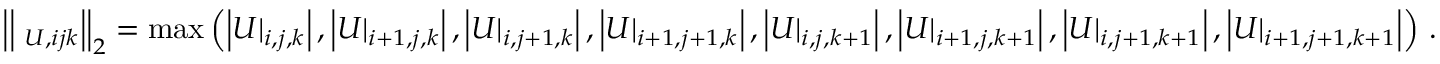
\left| \left| \mathbf \Lambda _ { U , i j k } \right| \right| _ { 2 } = \operatorname* { m a x } \left( \left| U | _ { i , j , k } \right| , \left| U | _ { i + 1 , j , k } \right| , \left| U | _ { i , j + 1 , k } \right| , \left| U | _ { i + 1 , j + 1 , k } \right| , \left| U | _ { i , j , k + 1 } \right| , \left| U | _ { i + 1 , j , k + 1 } \right| , \left| U | _ { i , j + 1 , k + 1 } \right| , \left| U | _ { i + 1 , j + 1 , k + 1 } \right| \right) \, .